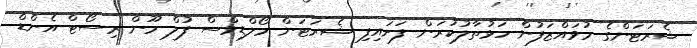
ޝެރަޓަންގެ މުވައްޒަފުން ހަޅުތާލުކުރަން ފަށައިފި ޝެރަޓަން މޯލްޑިވްސް ފުލް މޫން ރިސޯޓް އެންޑް